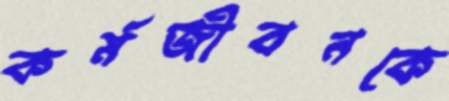
কর্মজীবনকে